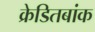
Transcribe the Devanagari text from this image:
क्रेडितबांक